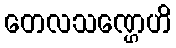
တေလသဏ္ဌေဟိ